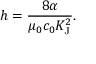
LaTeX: h = { \frac { 8 \alpha } { \mu _ { 0 } c _ { 0 } K _ { \mathrm { { J } } } ^ { 2 } } } .